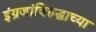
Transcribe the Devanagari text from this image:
इंग्रजांविरुद्धाच्या